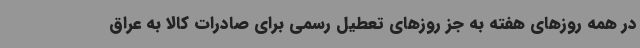
در همه روزهای هفته به جز روزهای تعطیل رسمی برای صادرات کالا به عراق